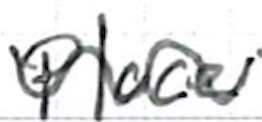
Text: place
Cross-out: wave
Writing tool: ballpoint